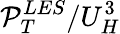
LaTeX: \mathcal{P}_{T}^{LES}/U_{H}^{3}